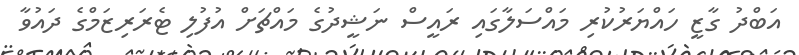
އަބްދު ގާޒީ ހައްޔަރުކުރި މައްސަލާގައި ރައީސް ނަޝީދުގެ މައްޗަށް އުފުލި ޓެރަރިޒަމްގެ ދައުވާ